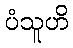
ပံသူဟိ